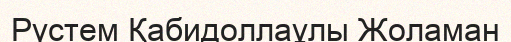
Рүстем Қабидоллаұлы Жоламан